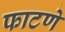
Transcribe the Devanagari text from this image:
फाटणे